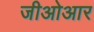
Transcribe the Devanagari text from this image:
जीओआर